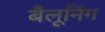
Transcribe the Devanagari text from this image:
बैलूनिंग